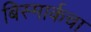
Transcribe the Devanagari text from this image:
बिस्मार्कचा